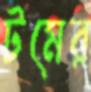
টমের